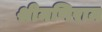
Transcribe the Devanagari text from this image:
श्रीमणिराम